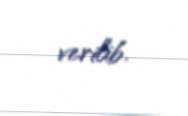
verilib.